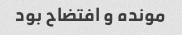
مونده و افتضاح بود